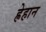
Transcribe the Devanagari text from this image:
ह्रेहान